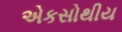
એકસોથીય